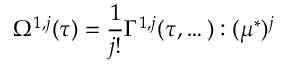
{ } \Omega ^ { 1 , j } ( \tau ) = \frac { 1 } { j ! } \Gamma ^ { 1 , j } ( \tau , \dots ) : ( \mu ^ { * } ) ^ { j }